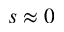
s \approx 0